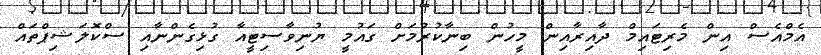
އެމްއެސް އިން މެރިޓައިމް ދާއިރާއިން މީހުން ބިނާކުރުމަށް ގައުމީ ޔުނިވާސިޓީއާ ގުޅިގެންނާއި ސްކޮލަޝިޕްތައް